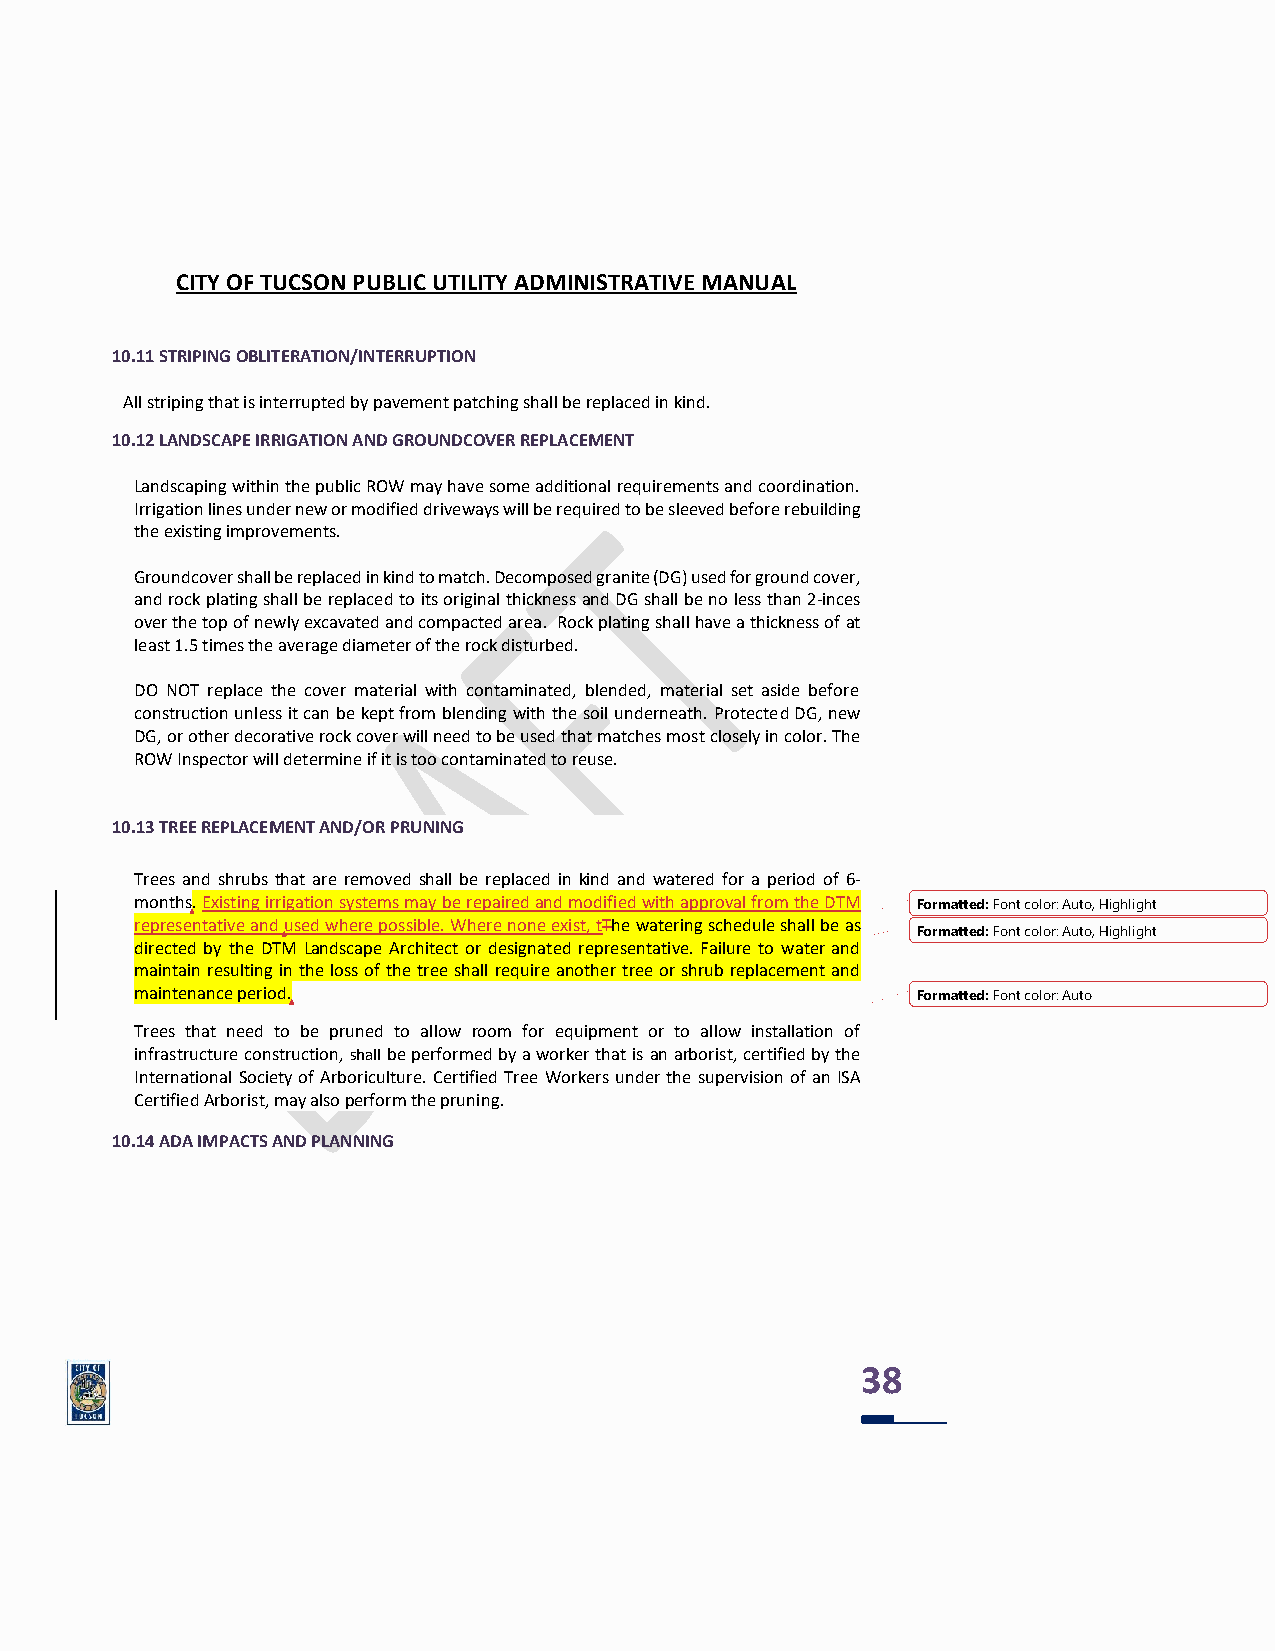
CITY OF TUCSON PUBLIC UTILITY ADMINISTRATIVE MANUAL
 10.11 STRIPING OBLITERATION/INTERRUPTION
 All striping that is interrupted by pavement patching shall be replaced in kind.
 10.12 LANDSCAPE IRRIGATION AND GROUNDCOVER REPLACEMENT
 Landscaping within the public ROW may have some additional requirements and coordination.
 Irrigation lines under new or modified driveways will be required to be sleeved before rebuilding
 the existing improvements.
 Groundcover shall be replaced in kind to match. Decomposed granite (DG) used for ground cover,
 and rock plating shall be replaced to its original thickness and DG shall be no less than 2-inces
 over the top of newly excavated and compacted area. Rock plating shall have a thickness of at
 least 1.5 times the average diameter of the rock disturbed.
 DO NOT replace the cover material with contaminated, blended, material set aside before
 construction unless it can be kept from blending with the soil underneath. Protected DG, new
 DG, or other decorative rock cover will need to be used that matches most closely in color. The
 ROW Inspector will determine if it is too contaminated to reuse.
 10.13 TREE REPLACEMENT AND/OR PRUNING
 Trees and shrubs that are removed shall be replaced in kind and watered for a period of 6-
 months. Existing irrigation systems may be repaired and modified with approval from the DTM Formatted: Font color: Auto, Highlight
 representative and used where possible. Where none exist, tThe watering schedule shall be as
 Formatted: Font color: Auto, Highlight
 directed by the DTM Landscape Architect or designated representative. Failure to water and
 maintain resulting in the loss of the tree shall require another tree or shrub replacement and
 maintenance period.                                 Formatted: Font color: Auto
 Trees that need to be pruned to allow room for equipment or to allow installation of
 infrastructure construction, shall be performed by a worker that is an arborist, certified by the
 International Society of Arboriculture. Certified Tree Workers under the supervision of an ISA
 Certified Arborist, may also perform the pruning.
 10.14 ADA IMPACTS AND PLANNING
 38